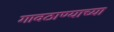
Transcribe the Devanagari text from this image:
गावठाण्याच्या